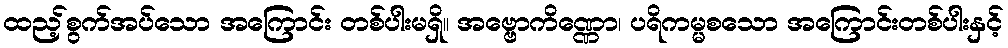
ထည့်စွက်အပ်သော အကြောင်း တစ်ပါးမရှိ။ အဗ္ဗောကိဏ္ဏော၊ ပရိကမ္မစသော အကြောင်းတစ်ပါးနှင့်